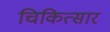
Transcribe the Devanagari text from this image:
चिकित्सार